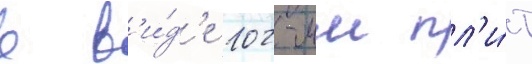
в в'и́д'е 102-мм пл'и́т